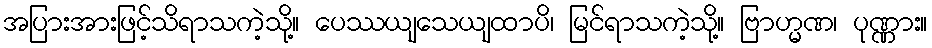
အပြားအားဖြင့်သိရာသကဲ့သို့။ ပေဿယျသေယျထာပိ၊ မြင်ရာသကဲ့သို့။ ဗြာဟ္မဏ၊ ပုဏ္ဏား။